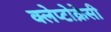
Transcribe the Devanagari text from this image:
क्लेप्टोक्रेसी